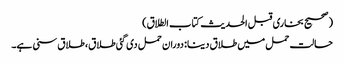
(صحیح بخاری قبل الحدیث کتاب الطلاق)
حالت حمل میں طلاق دینا: دوران حمل دی گئی طلاق، طلاق سنی ہے۔